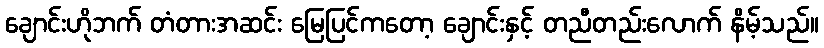
ချောင်းဟိုဘက် တံတားအဆင်း မြေပြင်ကတော့ ချောင်းနှင့် တညီတည်းလောက် နိမ့်သည်။